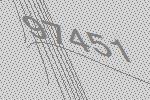
97451